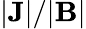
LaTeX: |\mathbf{J}|/|\mathbf{B}|